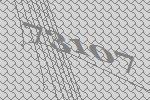
73107